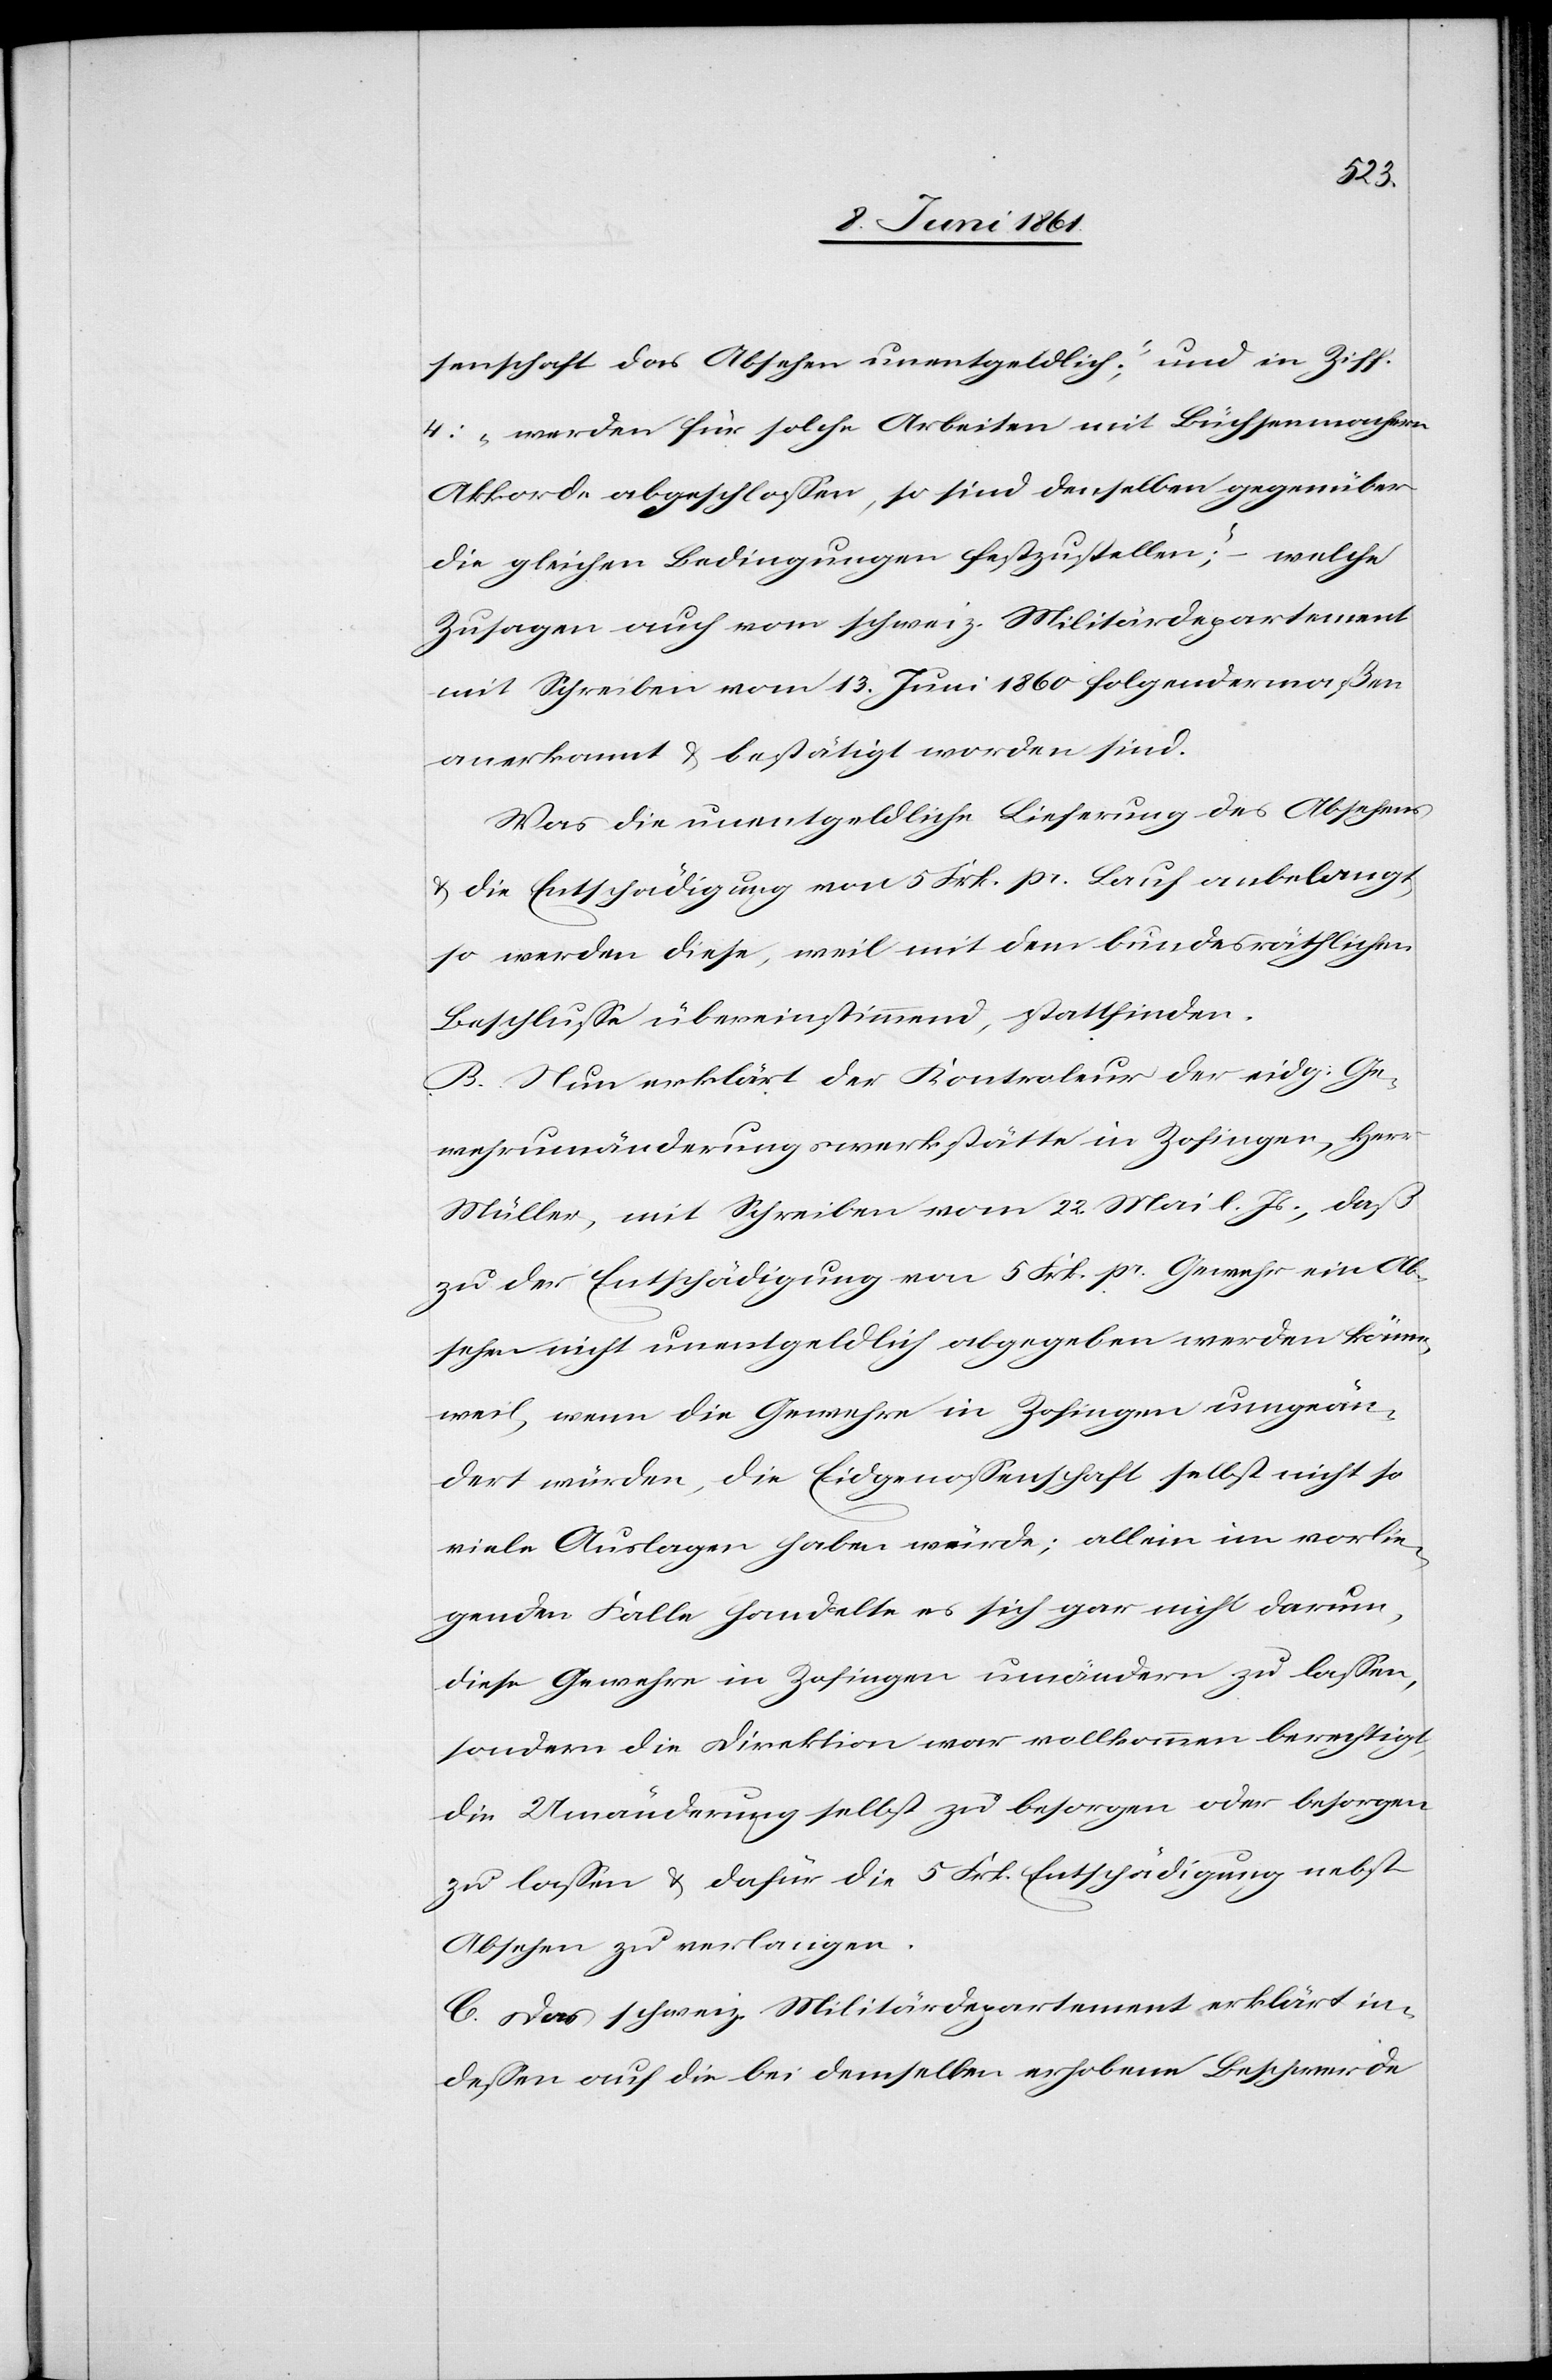
senschaft das Absehen unentgeldlich;“ und in Ziff.
4: „werden für solche Arbeiten mit Büchsenmachern
Akkorde abgeschlossen, so sind denselben gegenüber
die gleichen Bedingungen festzustellen;“ – welche
Zusagen auch vom schweiz. Militärdepartement
mit Schreiben vom 13. Juni 1860 folgendermaßen
anerkannt u. bestätigt worden sind.
Was die unentgeldliche Lieferung des Absehens
u. die Entschädigung von 5 Frk. pr. Lauf anbelangt,
so werden diese, weil mit dem bundesräthlichen
Beschlusse übereinstimmend, stattfinden.
B. Nun erklärt der Kontrol[l]eur der eidg. Ge¬
wehrumänderungswerkstätte in Zofingen, Herr
Müller, mit Schreiben vom 22. Mai l. Js., daß
zu der Entschädigung von 5 Frk. pr. Gewehr ein Ab¬
sehen nicht unentgeldlich abgegeben werden könne,
weil, wenn die Gewehre in Zofingen umgeän¬
dert würden, die Eidgenossenschaft selbst nicht so
viele Auslagen haben würde; allein im vorlie¬
genden Falle handelte es sich gar nicht darum,
diese Gewehre in Zofingen umändern zu lassen,
sondern die Direktion war vollkommen berechtigt,
die Umänderung selbst zu besorgen oder besorgen
zu lassen u. dafür die 5 Frk. Entschädigung nebst
Absehen zu verlangen.
C. Das schweiz. Militärdepartement erklärt in¬
dessen auf die bei demselben erhobene Beschwerde